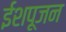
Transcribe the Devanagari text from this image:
ईशपूजन